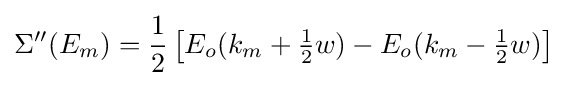
\Sigma ''(E_{m})={\frac {1}{2}}\left[E_{o}(k_{m}+{\textstyle {\frac {1}{2}}}w)-E_{o}(k_{m}-{\textstyle {\frac {1}{2}}}w)\right]